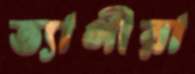
ত্যাগীরা